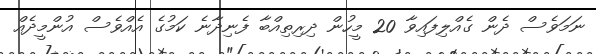
ނަމަވެސް ދެން ގެއްލިފައިވާ 20 މީހުން ދިރިތިއްބާ ފެނިދާނެ ކަމުގެ އެއްވެސް އުންމީދެއް